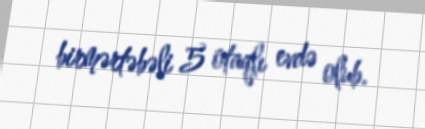
birmərtəbəli 5 otaqlı evdə olub.